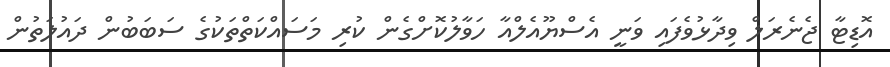
އޮޑިޓާ ޖެނެރަލް ވިދާޅުވެފައި ވަނީ އެސްޔޫއެލްއާ ހަވާލުކޮށްގެން ކުރި މަސައްކަތްތަކުގެ ސަބަބުން ދައުލަތުން